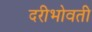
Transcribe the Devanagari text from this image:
दरीभोवती